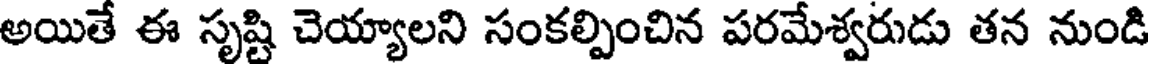
అయితే ఈ సృష్టి చెయ్యాలని సంకల్పించిన పరమేశ్వరుడు తన నుండి